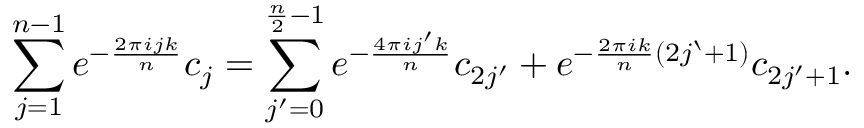
\sum _ { j = 1 } ^ { n - 1 } e ^ { - \frac { 2 \pi i j k } { n } } c _ { j } = \sum _ { j ^ { \prime } = 0 } ^ { \frac { n } { 2 } - 1 } e ^ { - \frac { 4 \pi i j ^ { \prime } k } { n } } c _ { 2 j ^ { \prime } } + e ^ { - \frac { 2 \pi i k } { n } ( 2 j ` + 1 ) } c _ { 2 j ^ { \prime } + 1 } .